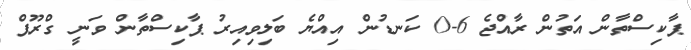
ޕާކިސްތާން އަތުން ރާއްޖެ 6-0 ކަނޑުން އިއްޔެ ބަލިވިއިރު ޕާކިސްތާން ވަނީ ގްރޫޕް